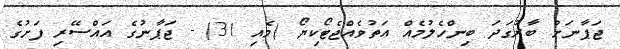
ޖަޕާނަށް ބާރުގަދަ ބިންހެލުމެއް އަތުވެއްޖެޓޯކިޔޯ (މެއި 31) - ޖަޕާނުގެ އައްސޭރި ފަށުގެ